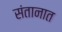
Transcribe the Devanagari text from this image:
संतानात